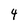
Character: 4